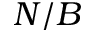
N / B